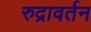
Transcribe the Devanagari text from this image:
रुद्रावर्तन